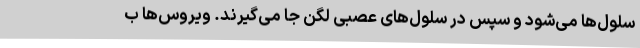
سلول‌ها می‌شود و سپس در سلول‌های عصبی لگن جا می‌گیرند. ویروس‌ها ب